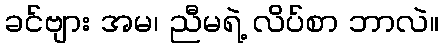
ခင်ဗျား အမ၊ ညီမရဲ့ လိပ်စာ ဘာလဲ။